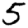
Digit: 5